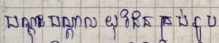
បណ្តុះបណ្តាលយុវជនគ្រប់រូប